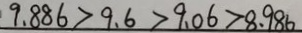
9 . 8 8 6 > 9 . 6 > 9 . 0 6 > 8 . 9 8 6